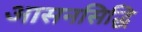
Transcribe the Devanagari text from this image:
आसनसिद्धि